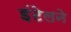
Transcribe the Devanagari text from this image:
इंटेलने